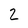
Character: 2